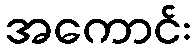
အကောင်း